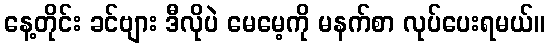
နေ့တိုင်း ခင်ဗျား ဒီလိုပဲ မေမေ့ကို မနက်စာ လုပ်ပေးရမယ်။